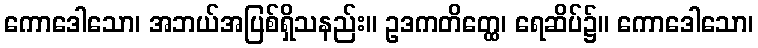
ကောဒေါသော၊ အဘယ်အပြစ်ရှိသနည်း။ ဥဒကတိတ္ထေ၊ ရေဆိပ်၌။ ကောဒေါသော၊